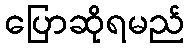
ပြောဆိုရမည်